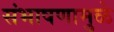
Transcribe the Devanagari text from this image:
संभाषणामुळे